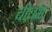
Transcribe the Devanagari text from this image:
चीतम